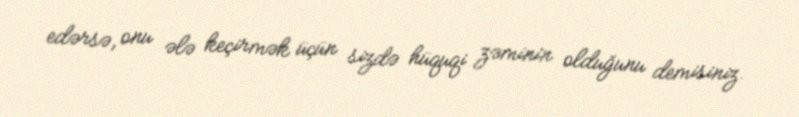
edərsə, onu ələ keçirmək üçün sizdə hüquqi zəminin olduğunu demisiniz.